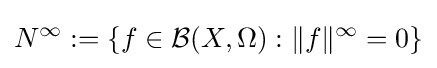
N^{\infty }:=\left\{f\in {\mathcal {B}}(X,\Omega ):\|f\|^{\infty }=0\right\}